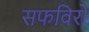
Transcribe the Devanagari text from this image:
सफविरों